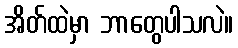
အိတ်ထဲမှာ ဘာတွေပါသလဲ။